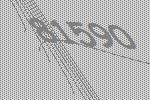
81590